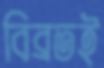
বিব্রতই